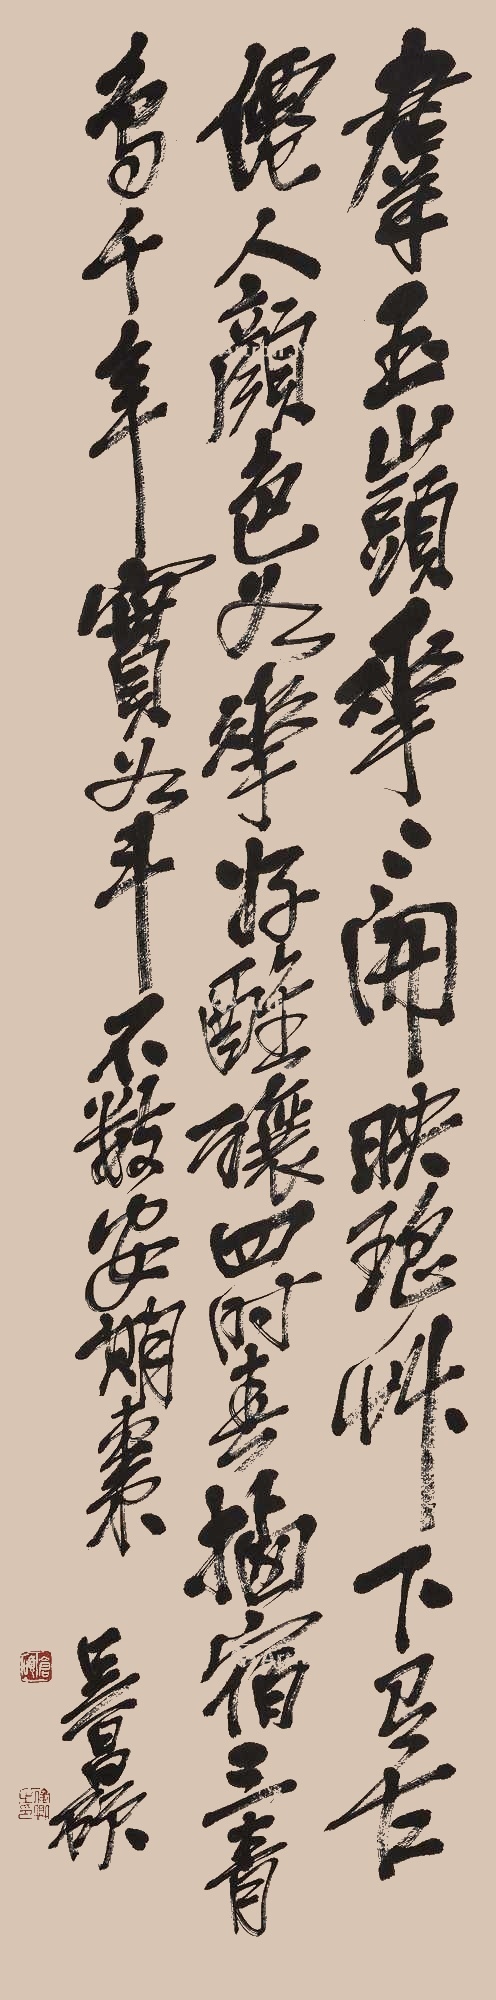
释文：群玉山头花，花开映瑶草。下有古仙人，颜色如花好。酝酿四时春，栖宿三青鸟。千年实如斗，不数安期枣。吴昌硕。